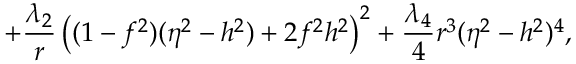
+ \frac { \lambda _ { 2 } } { r } \left( ( 1 - f ^ { 2 } ) ( \eta ^ { 2 } - h ^ { 2 } ) + 2 f ^ { 2 } h ^ { 2 } \right) ^ { 2 } + \frac { \lambda _ { 4 } } { 4 } r ^ { 3 } ( \eta ^ { 2 } - h ^ { 2 } ) ^ { 4 } ,